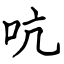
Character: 吭